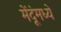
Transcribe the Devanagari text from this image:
मेंदूंमध्ये